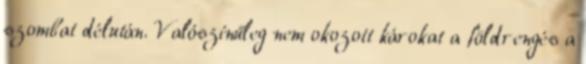
szombat délután. Valószínűleg nem okozott károkat a földrengés a